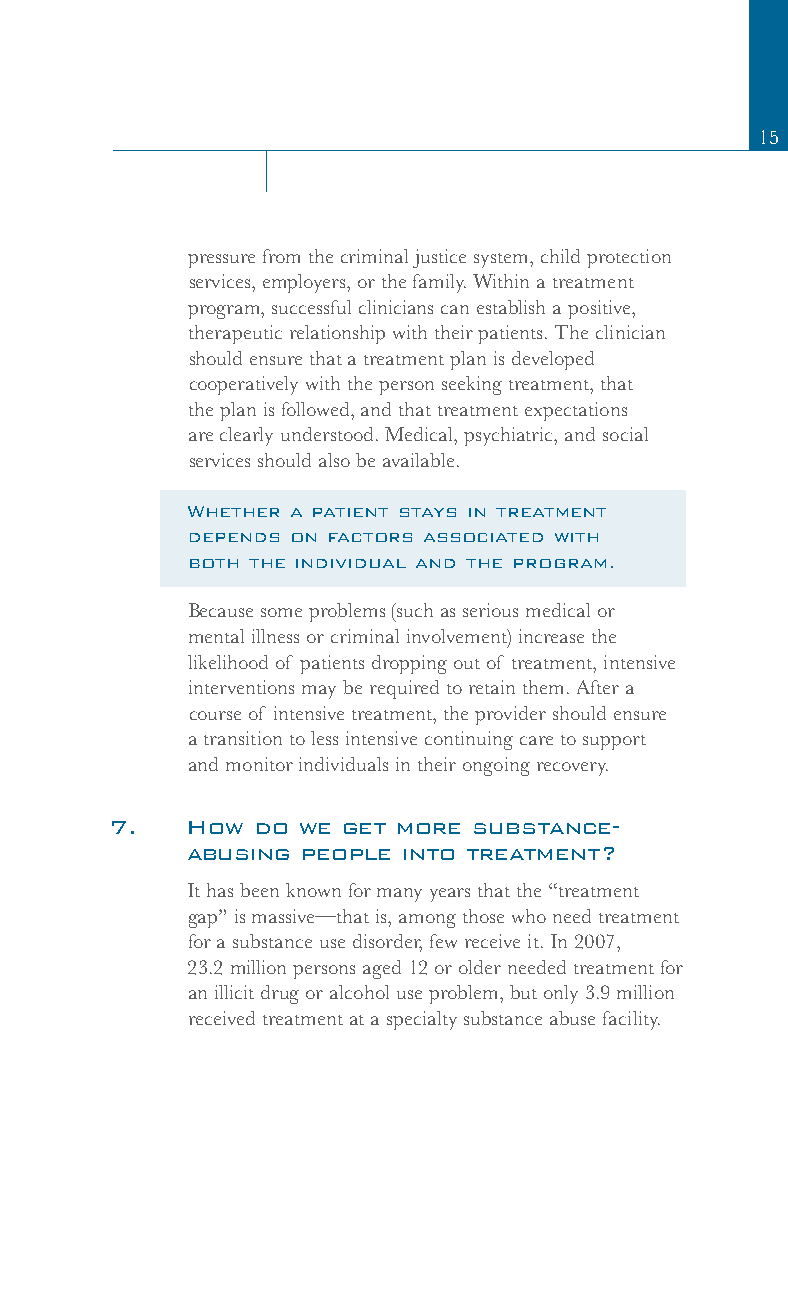
15
 pressure from the criminal justice system, child protection
 services, employers, or the family. Within a treatment
 program, successful clinicians can establish a positive,
 therapeutic relationship with their patients. The clinician
 should ensure that a treatment plan is developed
 cooperatively with the person seeking treatment, that
 the plan is followed, and that treatment expectations
 are clearly understood. Medical, psychiatric, and social
 services should also be available.
 Whether a patient stays in treatment
 depends on factors associated with
 both the individual and the program.
 Because some problems (such as serious medical or
 mental illness or criminal involvement) increase the
 likelihood of patients dropping out of treatment, intensive
 interventions may be required to retain them. After a
 course of intensive treatment, the provider should ensure
 a transition to less intensive continuing care to support
 and monitor individuals in their ongoing recovery.
 7.   How  do we get more substance-
 abusing people into treatment?
 It has been known for many years that the “treatment
 gap” is massive—that is, among those who need treatment
 for a substance use disorder, few receive it. In 2007,
 23.2 million persons aged 12 or older needed treatment for
 an illicit drug or alcohol use problem, but only 3.9 million
 received treatment at a specialty substance abuse facility.